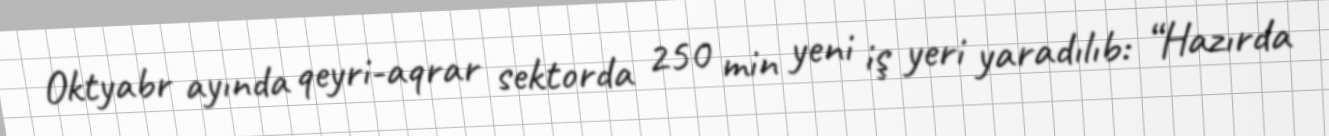
Oktyabr ayında qeyri-aqrar sektorda 250 min yeni iş yeri yaradılıb: “Hazırda